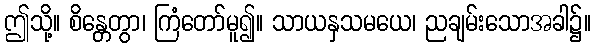
ဤသို့။ စိန္တေတွာ၊ ကြံတော်မူ၍။ သာယနှသမယေ၊ ညချမ်းသောအခါ၌။